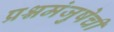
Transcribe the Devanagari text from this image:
प्रश्नमंजुषेची